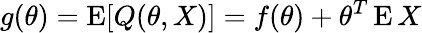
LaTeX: g(\theta)=\operatorname{E}[Q(\theta,X)]=f(\theta)+\theta^{T}\operatorname{E}X